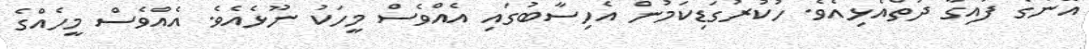
އޭނަގެ ފައިގާ ދަތްއެޅިއެވެ. ހުކުރުގަޑިކަމުން އެހިސާބުގައި އެއްވެސް މީހަކު ނޫޅެއެވެ. އެއްވެސް މީހެއްގެ